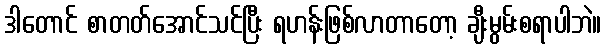
ဒါတောင် စာတတ်အောင်သင်ပြီး ရဟန်းဖြစ်လာတာတော့ ချီးမွမ်းစရာပါဘဲ။